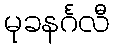
မုခနင်္ဂလီ